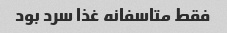
فقط متاسفانه غذا سرد بود